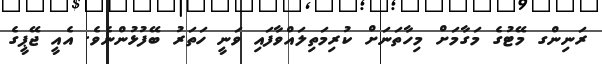
ރަނިންގ މޭޓުގެ މަގާމަށް މިހާތަނަށް ކުރިމަތިލައްވާފައި ވަނީ ހަތަރު ބޭފުޅުންނެވެ. އެއީ ޖޭޕީގެ